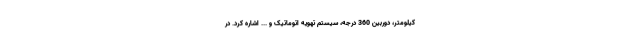
کیلومتر، دوربین 360 درجه، سیستم تهویه اتوماتیک و ... اشاره کرد. در